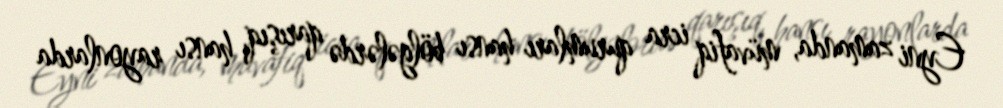
Eyni zamanda, müvafiq icra qurumları hansı bölgələrdə qarışıq, hansı rayonlarda